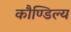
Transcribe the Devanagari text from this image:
कौण्डिल्य